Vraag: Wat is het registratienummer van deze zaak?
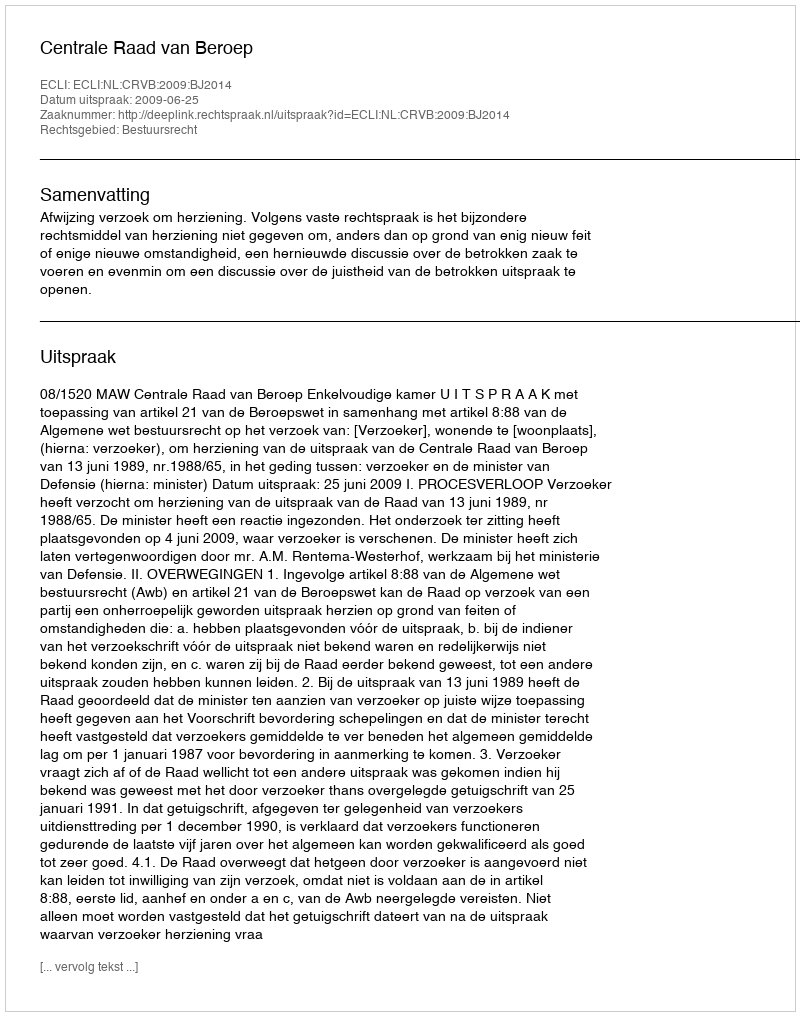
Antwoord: http://deeplink.rechtspraak.nl/uitspraak?id=ECLI:NL:CRVB:2009:BJ2014